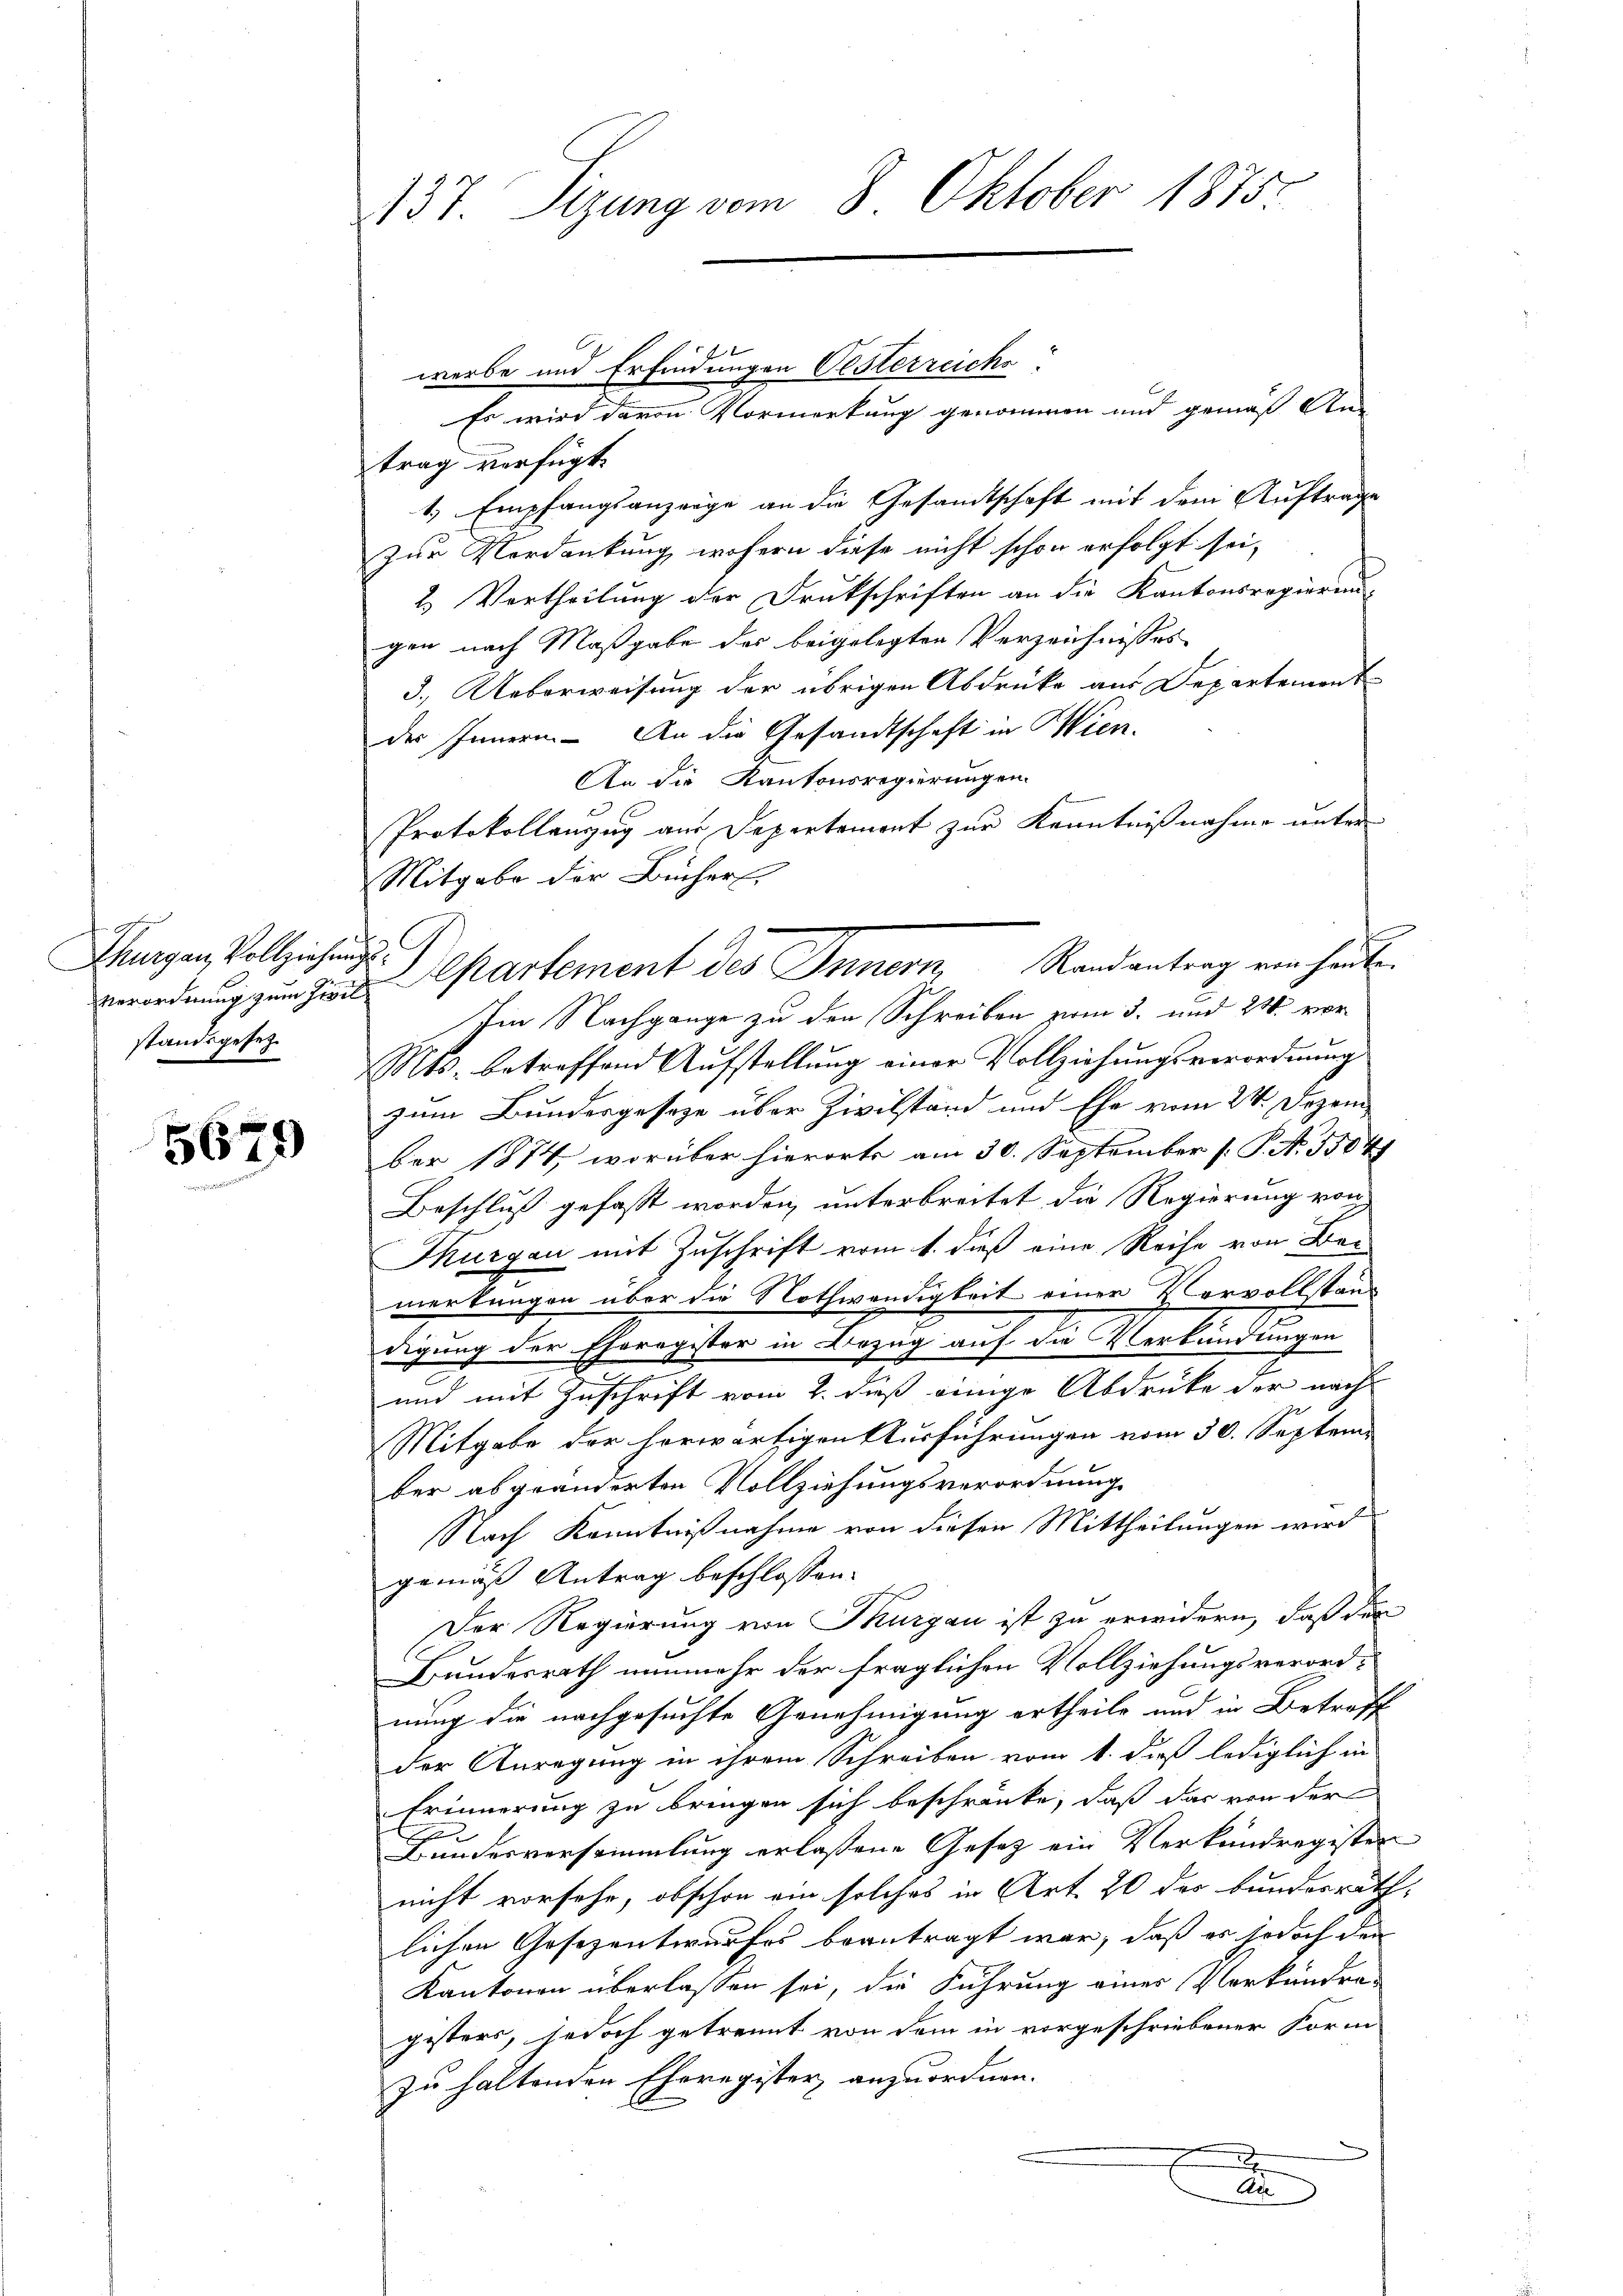
g
Thurgau, Vollziehung
Verordnung zum Ziel
standsgesetz.
d

5679

137. Sizung vom 8. Oktober 1875

werbe und Erfindungen Oesterreiche

Es wird davon Vormerkung genommen und gemäß An-
trag verfügt:
1.) Empfangsanzeige an die Gesandtschaft mit dem Auftrage
zur Verdankung, wohern diese nicht schon erfolgt sei,
2. Vortheilung der Drukschriften an die Kantonsregierun-
gen nach Maßgabe des beigelegten Verzeichnisses
3.) Ueberweisung der übrigen Abdrücke aus Departement
des Innern. An die Gesandtschaft in Wien.
An die Kantonsregierungen
Protokollenzug aus Depertement zur Kenntnißnahme unter
Mitgabe der Bücher,
Im Nachgange zu den Schreiben zum 3. und 21. vor
Mts. betreffend Aufstellung einer Vollziehungsverordnung
zum Bundesgesetze über Zivilstand und Ehe vom 24. Dezember 1874, worüber hierorts am 30. September [P. N. 3504
Beschluß gefaßt worden, unterbreitet die Regierung von
Thurgau mit Zuschrift vom 1. dieß eine Reise von Be-
merkungen über die Nothwendigkeit einer Vervollstandigung der Eheregister in Bezug auf die Verkündungen
und mit Zuschrift vom 2. daß einige Abdrüke der nach
Mitgabe der herwärtigen Ausführungen vom 30. Septem
ber abgeänderten Vollziehungsverordnung
Nach Kenntnißnahme von diesen Mittheilungen wird
gemäß Antrag beschlossen:
Der Regierung von Thurgau ist zu erwidern, daß der
Bundesrath nunmehr der fraglichen Vollziehungsverordnung die nachgesuchte Genehmigung ertheile und in Betreff
der Anregung in ihrem Schreiben vom 1. daß lediglich in
Erinnerung zu bringen sich beschränke, daß das von der
F
Bundesversammlung erlassene Gesetz ein Verkundregisten
nicht vorsehe, obschon ein solches in Art. 20 des bunderrath,
lichen Gesezentwurfes beantragt war, daß er jedoch den
Kantonen überlassen sei, die Führung einer Verkendra-
gesters, jedoch getrennt von dem in vorgeschriebener Form
zu haltenden Eheregister, anzuordnen.
E

Departement des Innern Randantrag ein heute

A